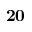
\mathbf { 2 0 }